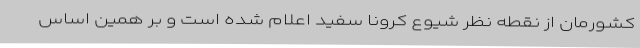
کشورمان از نقطه نظر شیوع کرونا سفید اعلام شده است و بر همین اساس